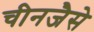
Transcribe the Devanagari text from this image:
चीनजैसे